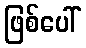
ဖြစ်ပေါ်